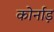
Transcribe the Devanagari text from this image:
कोर्नाड़